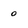
Character: 0